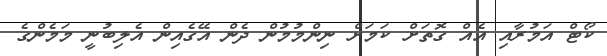
ކޯޓް އަމުރާއި އެއް ގޮތަށް ކަމަށް ނިންމުމުން ދެން އޭގެއިން އެލިބުނީ މަމެންގެ